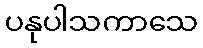
ပနုပါသကာသေ